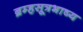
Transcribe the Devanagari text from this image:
ब्रम्हसूत्रभाष्य